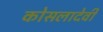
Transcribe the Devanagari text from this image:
कोसलादेवी